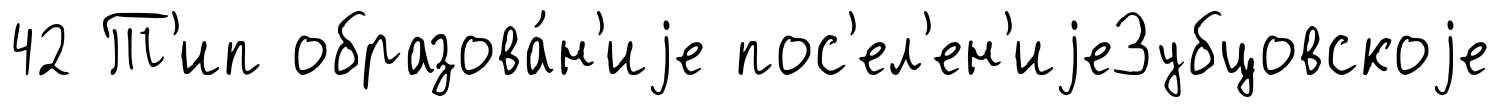
42 Т'ип образова́н'иjе пос'ел'ен'иjеЗубцовскоjе